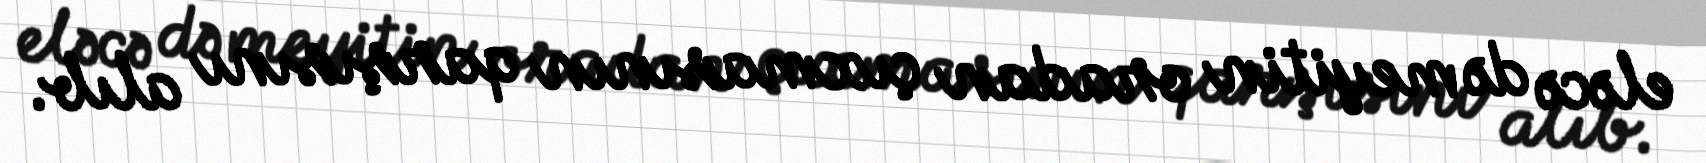
eləcə də meyitin oradan çıxmasının qarşısını alıb.